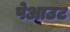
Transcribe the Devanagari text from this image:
पेआउट